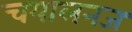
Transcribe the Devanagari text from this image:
चयालनज